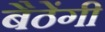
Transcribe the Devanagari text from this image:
बैठेंगी